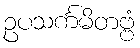
ဥပသင်္ကမိတဗ္ဗံ